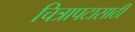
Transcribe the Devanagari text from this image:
चित्रापटासाठी